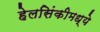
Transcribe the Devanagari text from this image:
हेलसिंकीमध्ये